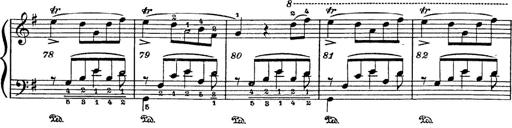
Title: 6 Polish Songs
Composer: Franz Liszt